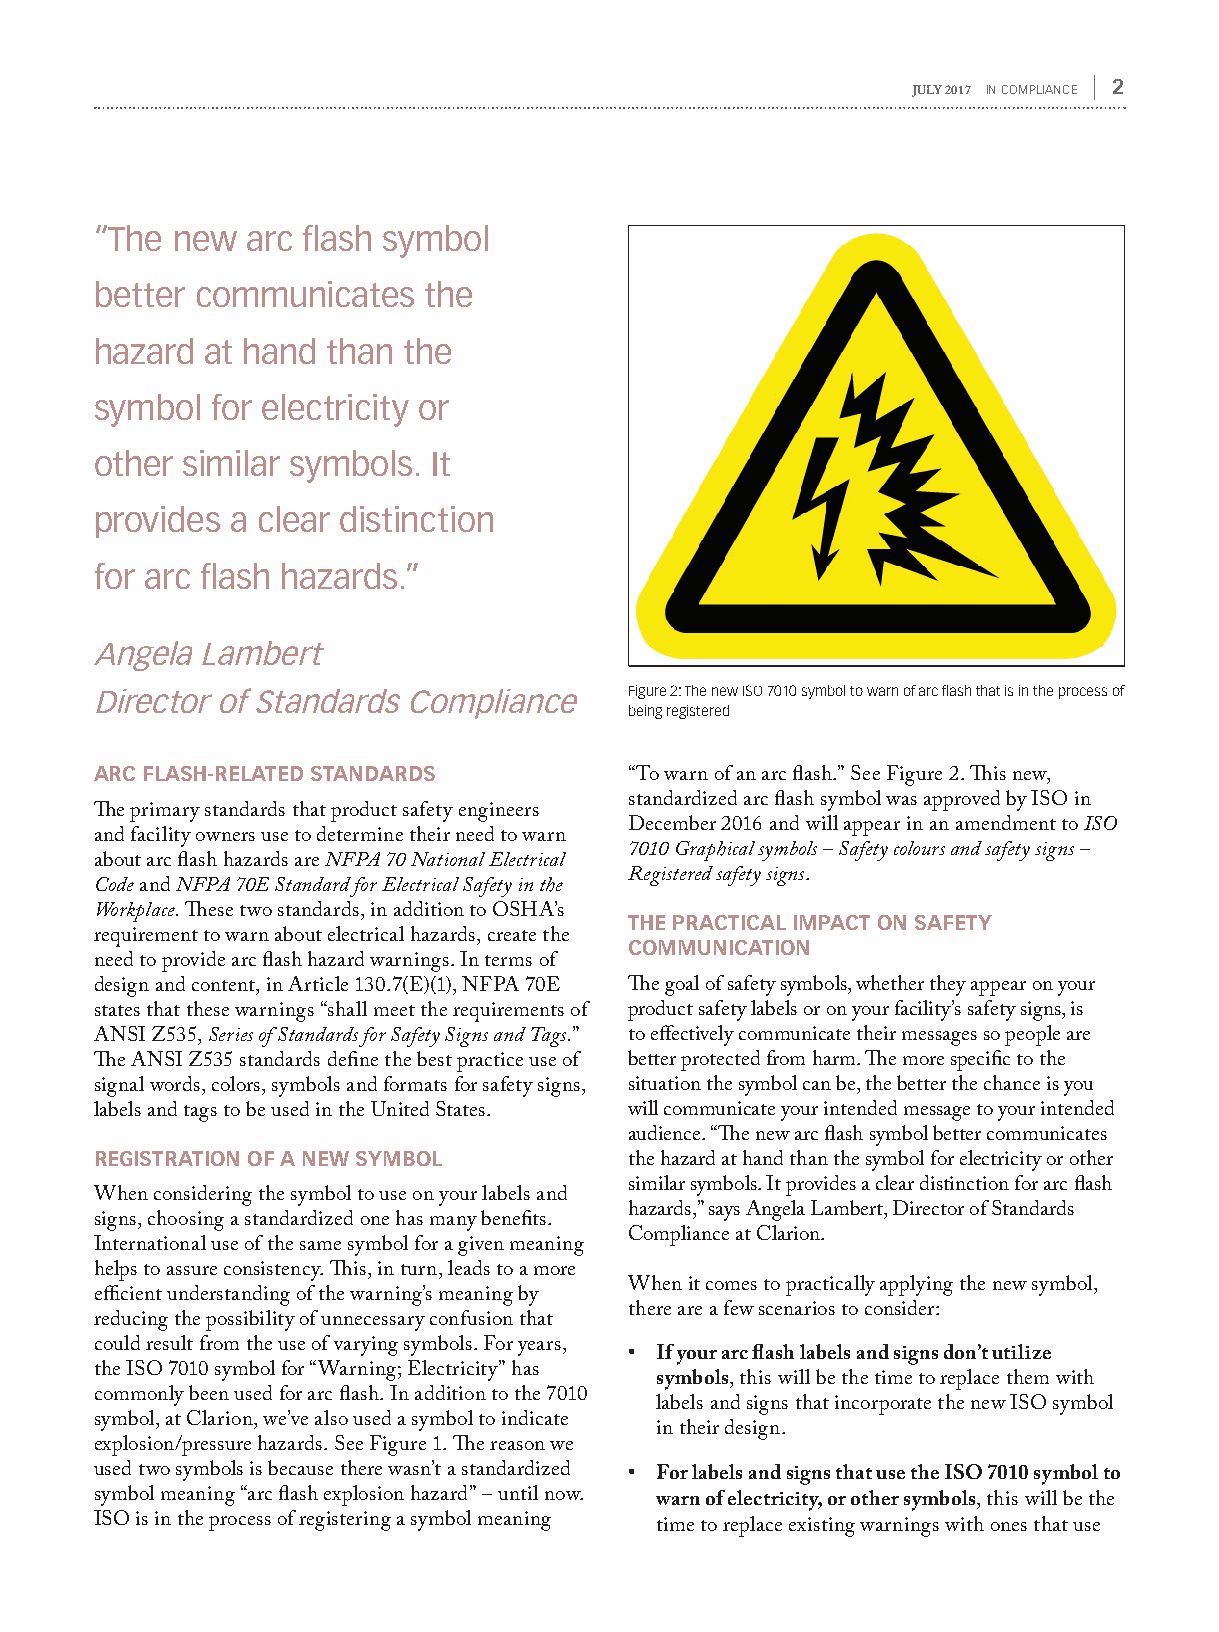
JULY 2017 IN COMPLIANCE | 2
 “The new  arc flash symbol
 better communicates   the
 hazard  at hand than the
 symbol  for electricity or
 other similar symbols. It
 provides a clear distinction
 for arc flash hazards.”
 Angela Lambert
 Director of Standards Compliance    Figure 2: The new ISO 7010 symbol to warn of arc flash that is in the process of
 being registered
 ARC FLASH-RELATED STANDARDS
 “To warn of an arc flash.” See Figure 2. This new,
 standardized arc flash symbol was approved by ISO in
 The primary standards that product safety engineers
 December 2016 and will appear in an amendment to ISO
 and facility owners use to determine their need to warn
 7010 Graphical symbols – Safety colours and safety signs –
 about arc flash hazards are NFPA 70 National Electrical
 Registered safety signs.
 Code and NFPA 70E Standard for Electrical Safety in the
 Workplace. These two standards, in addition to OSHA’s THE PRACTICAL IMPACT ON SAFETY
 requirement to warn about electrical hazards, create the COMMUNICATION
 need to provide arc flash hazard warnings. In terms of
 design and content, in Article 130.7(E)(1), NFPA 70E The goal of safety symbols, whether they appear on your
 states that these warnings “shall meet the requirements of product safety labels or on your facility’s safety signs, is
 ANSI Z535, Series of Standards for Safety Signs and Tags.” to effectively communicate their messages so people are
 The ANSI Z535 standards define the best practice use of better protected from harm. The more specific to the
 signal words, colors, symbols and formats for safety signs, situation the symbol can be, the better the chance is you
 labels and tags to be used in the United States. will communicate your intended message to your intended
 audience. “The new arc flash symbol better communicates
 REGISTRATION OF A NEW SYMBOL
 the hazard at hand than the symbol for electricity or other
 similar symbols. It provides a clear distinction for arc flash
 When considering the symbol to use on your labels and
 hazards,” says Angela Lambert, Director of Standards
 signs, choosing a standardized one has many benefits.
 Compliance at Clarion.
 International use of the same symbol for a given meaning
 helps to assure consistency. This, in turn, leads to a more
 When it comes to practically applying the new symbol,
 efficient understanding of the warning’s meaning by
 there are a few scenarios to consider:
 reducing the possibility of unnecessary confusion that
 could result from the use of varying symbols. For years,
 • If your arc flash labels and signs don’t utilize
 the ISO 7010 symbol for “Warning; Electricity” has
 symbols, this will be the time to replace them with
 commonly been used for arc flash. In addition to the 7010
 labels and signs that incorporate the new ISO symbol
 symbol, at Clarion, we’ve also used a symbol to indicate
 in their design.
 explosion/pressure hazards. See Figure 1. The reason we
 used two symbols is because there wasn’t a standardized • For labels and signs that use the ISO 7010 symbol to
 symbol meaning “arc flash explosion hazard” – until now. warn of electricity, or other symbols, this will be the
 ISO is in the process of registering a symbol meaning time to replace existing warnings with ones that use